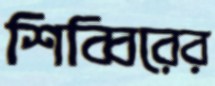
শিব্বিরের